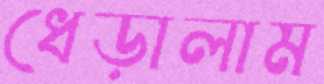
ধেড়ালাম